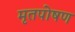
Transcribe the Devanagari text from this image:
मृतपोषण